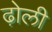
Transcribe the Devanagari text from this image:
ढ़ोली